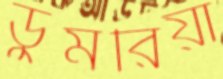
ডুমরিয়া